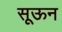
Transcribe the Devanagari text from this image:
सूऊन